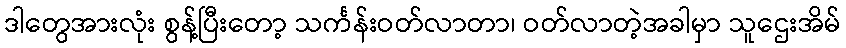
ဒါတွေအားလုံး စွန့်ပြီးတော့ သင်္ကန်းဝတ်လာတာ၊ ဝတ်လာတဲ့အခါမှာ သူဌေးအိမ်